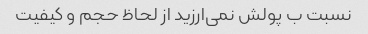
نسبت ب پولش نمی‌ارزید از لحاظ حجم و کیفیت